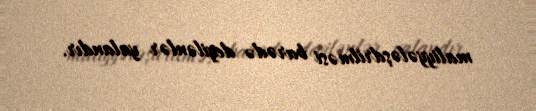
maliyyələşdrilməsi barədə deyilənlər yalandır.